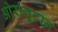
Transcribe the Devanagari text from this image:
ओरांगूटान